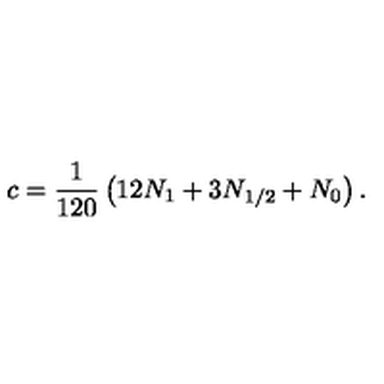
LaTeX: c = \frac { 1 } { 1 2 0 } \left( 1 2 N _ { 1 } + 3 N _ { 1 / 2 } + N _ { 0 } \right) .